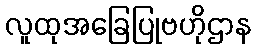
လူထုအခြေပြုဗဟိုဌာန